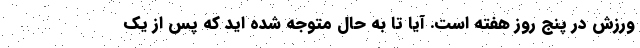
ورزش در پنج روز هفته است. آیا تا به حال متوجه شده اید که پس از یک